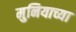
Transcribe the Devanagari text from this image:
मुनियाच्या